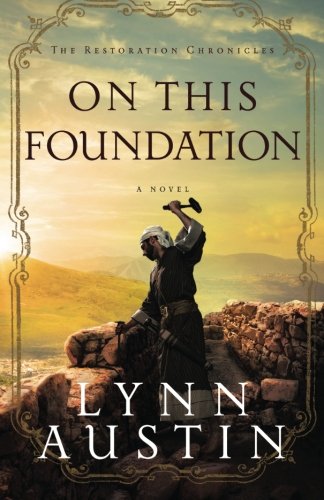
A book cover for On This Foundation (The Restoration Chronicles); Lynn Austin; Literature & Fiction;